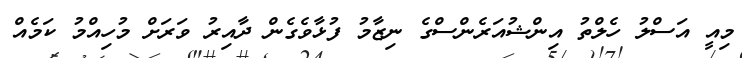
މިއީ އަސްލު ހެލްތު އިންޝުއަރެންސްގެ ނިޒާމު ފުޅާވެގެން ދާއިރު ވަރަށް މުހިއްމު ކަމެއް